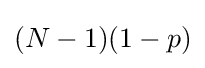
\textstyle (N-1)(1-p)